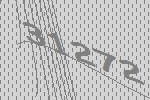
31272